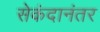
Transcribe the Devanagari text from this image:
सेकंदानंतर